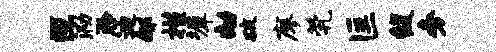
叵泐聆迪郇槿墀劫破廖茕匡馥旁